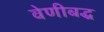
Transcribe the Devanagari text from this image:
वेणीबद्ध